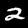
Digit: 2